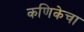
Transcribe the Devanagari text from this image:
कणिकेचा